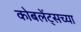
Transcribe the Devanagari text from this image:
कोबलेंट्सच्या